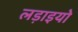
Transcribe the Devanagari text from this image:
लड़ाइयो